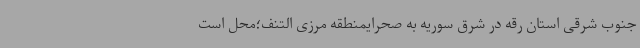
جنوب شرقی استان رقه در شرق سوریه به صحرایمنطقه مرزی التنف؛محل است